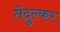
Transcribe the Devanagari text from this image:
तेंदुल्कर